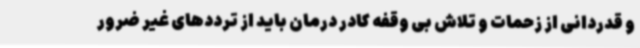
و قدردانی از زحمات و تلاش بی وقفه کادر درمان باید از ترددهای غیر ضرور